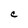
Character: C